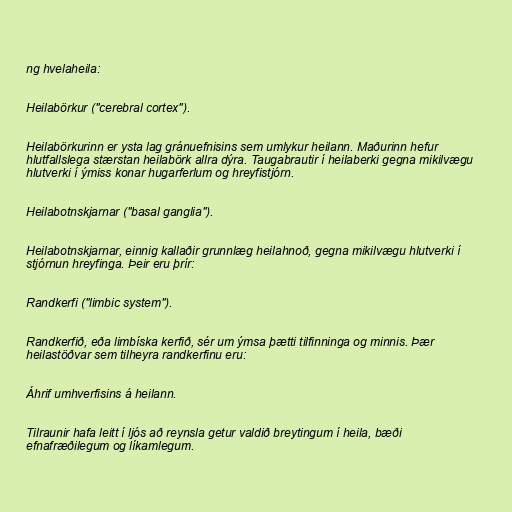
ng hvelaheila:

Heilabörkur ("cerebral cortex").

Heilabörkurinn er ysta lag gránuefnisins sem umlykur heilann. Maðurinn hefur
hlutfallslega stærstan heilabörk allra dýra. Taugabrautir í heilaberki gegna mikilvægu
hlutverki í ýmiss konar hugarferlum og hreyfistjórn.

Heilabotnskjarnar ("basal ganglia").

Heilabotnskjarnar, einnig kallaðir grunnlæg heilahnoð, gegna mikilvægu hlutverki í
stjórnun hreyfinga. Þeir eru þrír:

Randkerfi ("limbic system").

Randkerfið, eða limbíska kerfið, sér um ýmsa þætti tilfinninga og minnis. Þær
heilastöðvar sem tilheyra randkerfinu eru:

Áhrif umhverfisins á heilann.

Tilraunir hafa leitt í ljós að reynsla getur valdið breytingum í heila, bæði
efnafræðilegum og líkamlegum.